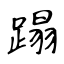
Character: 蹋